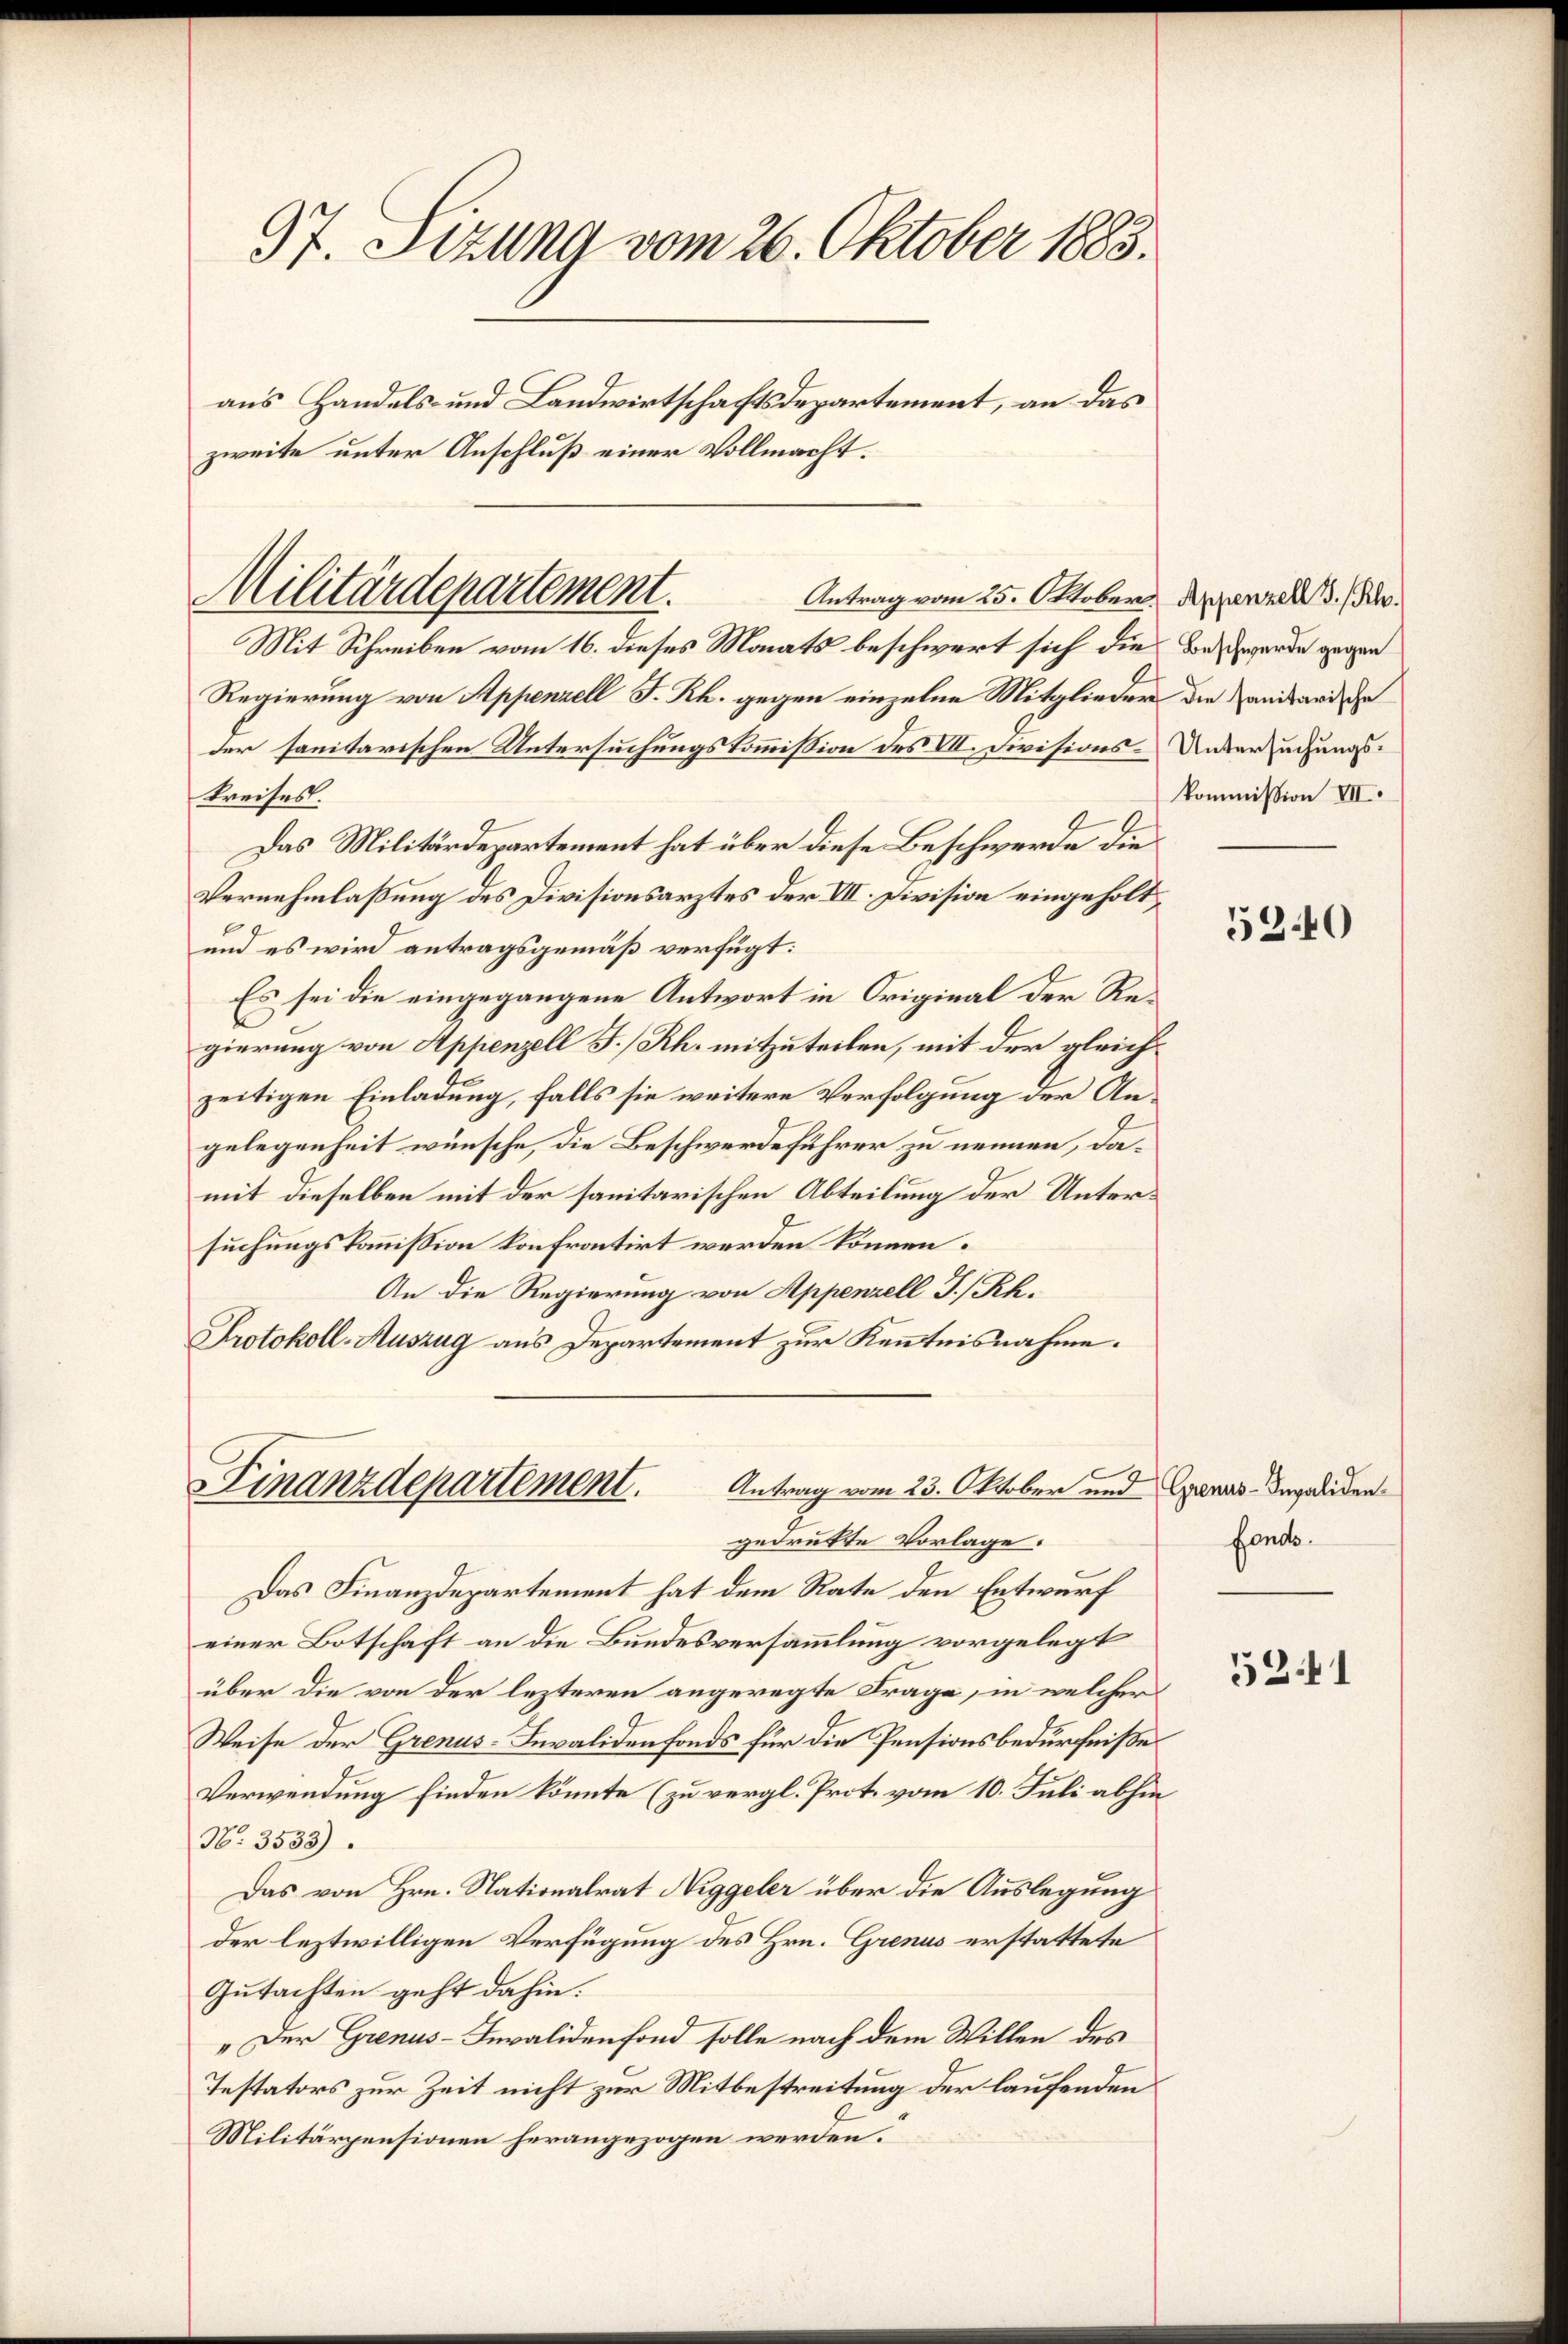
37. Sizung vom 26. Oktober 1883.
aus Handels- und Landwirtschaftsdepartement, an das
zweite unter Anschluß einer Vollmacht.

Regierung von Appenzell F. Rh. gegen einzelne Mitglieder die anstand de
der sanitarischen Untersuchungskommission des VII. Divisions-Untersuchungskreises.
Das Militärdepartement hat über diese Beschwerde die
Vernehmlassung des Divisionsarztes der VII. Division eingeholt,
und es wird antragsgemäß verfügt:
Es sei die eingegangene Antwort in Original der Red
gierung von Appenzell I.Rh. mitzuteilen, mit der gleichzeitigen Einladung, falls sie weitere Verfolgung der Angelegenheit wünsche, die Beschwerdeführer zu nennen, damit dieselben mit der sanitarischen Abteilung der Untersuchungskommission konfrontirt werden können.
An die Regierung von Appenzell I/Rh.
Protokoll-Auszug aus Departement zur Kenntnisnahme.

Militärdepartement.
Antrag vom 25. Oktober Appenzell I.Rh.
Mit Schreiben vom 16. dieses Monats beschwert sich die Beschwerde gegen

e
Finanzdepartement. Antrag vom 23. Oktober und Caras Invaliden¬

gedrukte Vorlage.
Das Finanzdepartement hat dem Rate den Entwurf
einer Botschaft an die Bundesversammlung vorgelegt
über die von der lezteren angeregte Frage, in welcher
Weise der Grenus-Invalidenfonds für die Pensionsbedürfniße
Verwendung finden könnte (zu vergl. Prot. vom 10. Juli abhin
N. 3533).
Das von Hrn. Nationalrat Niggeler über die Auslegung
der leztwilligen Verfügung des Hrn. Grenus erstattete
Gutachten geht dahin.
„Der Grenus-Invalidenfond solle nach dem Willen des
Testators zur Zeit nicht zur Mitbestreitung der laufenden
Militärpensionen herangezogen werden:

kommission VII.

5340

fonds.

5241